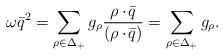
LaTeX: \begin{align*}\omega\bar{q}^2=\sum_{\rho\in\Delta_+}g_{\rho}{\rho\cdot\!\bar{q}\over{(\rho\cdot\!\bar{q})}}=\sum_{\rho\in\Delta_+}g_{\rho}.\end{align*}